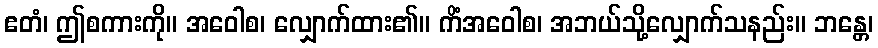
ဧတံ၊ ဤစကားကို။ အဝေါစ၊ လျှောက်ထား၏။ ကိံအဝေါစ၊ အဘယ်သို့လျှောက်သနည်း။ ဘန္တေ၊